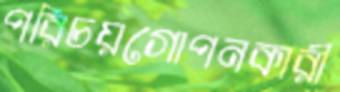
পরিচয়গোপনকারী